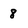
Character: 8